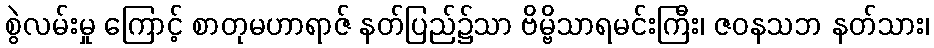
စွဲလမ်းမှု ကြောင့် စာတုမဟာရာဇ် နတ်ပြည်၌သာ ဗိမ္ဗိသာရမင်းကြီး၊ ဇဝနသဘ နတ်သား၊